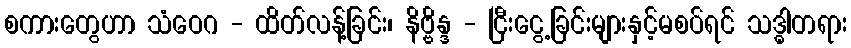
စကားတွေဟာ သံဝေဂ - ထိတ်လန့်ခြင်း၊ နိဗ္ဗိန္ဒ - ငြီးငွေ့ခြင်းများနှင့်မစပ်ရင် သဒ္ဓါတရား